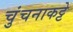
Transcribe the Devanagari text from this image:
चुंचनाकट्टे